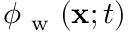
\phi _ { \mathrm { ~ w ~ } } ( \mathbf { x } ; t )